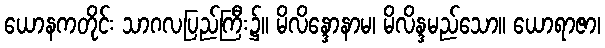
ယောနကတိုင်း သာဂလပြည်ကြီး၌။ မိလိန္ဒောနာမ၊ မိလိန္ဒမည်သော။ ယောရာဇာ၊